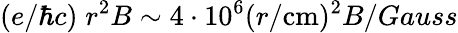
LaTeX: (e/\hbar c)\; r^{2}B\sim 4\cdot 10^{6}(r/\mathrm{cm})^{2}B/Gauss